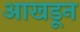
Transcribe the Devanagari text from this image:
आखडून